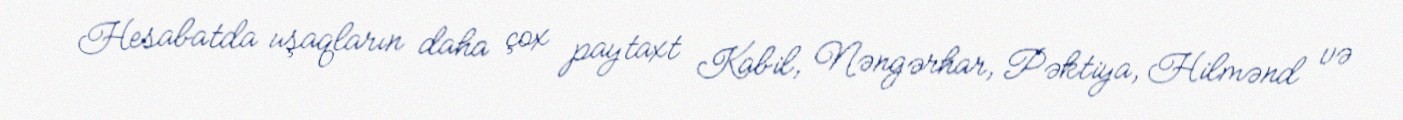
Hesabatda uşaqların daha çox paytaxt Kabil, Nəngərhar, Pəktiya, Hilmənd və